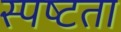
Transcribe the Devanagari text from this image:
स्‍पष्‍टता